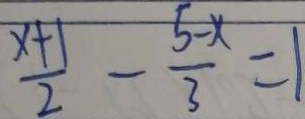
\frac { x + 1 } { 2 } - \frac { 5 - x } { 3 } = 1